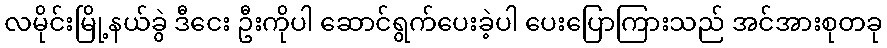
လမိုင်းမြို့နယ်ခွဲ ဒီငေး ဦးကိုပါ ဆောင်ရွက်ပေးခဲ့ပါ ပေးပြောကြားသည် အင်အားစုတခု